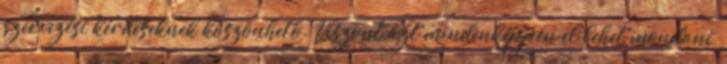
szervezési kérdéseknek köszönhető. Viszont azt mindenképpen el lehet mondani,